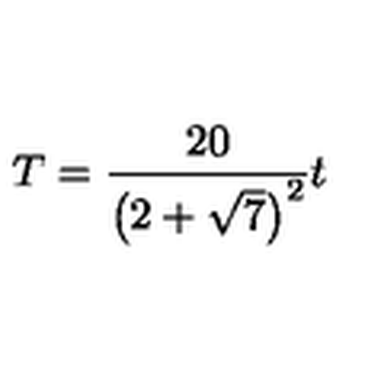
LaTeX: T = { \frac { 2 0 } { \left( 2 + \sqrt { 7 } \right) ^ { 2 } } } t